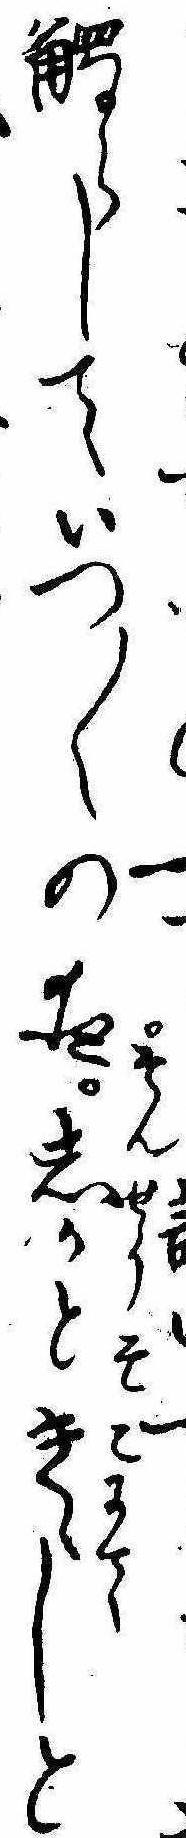
触らしていつ〱の夜そんせうそこにてしかときゝしと